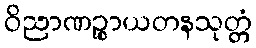
ဝိညာဏဉ္စာယတနသုတ္တံ